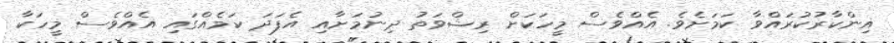
އިންކާރުކުރައްވާ ކަމަށެވެ. އެއްވެސް މީހަކަށް ރިޝްވަތު ދިނުމަށާއި އެފަދަ ކަމެއްގައި އެއްވެސް މީހަކާ